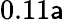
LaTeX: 0.11\mathsf{a}